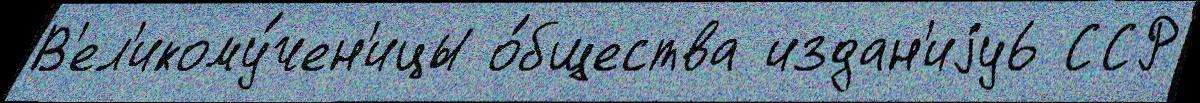
В'ел'икому́чен'ицы о́бщества издан'иjу6 ССР